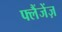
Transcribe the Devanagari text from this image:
फ्लैंजेंज़